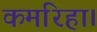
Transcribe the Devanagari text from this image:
कमरिहा।